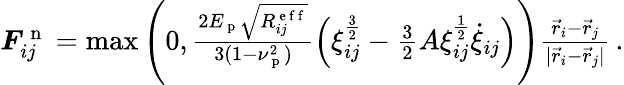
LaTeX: \begin{array}{r}{\boldsymbol{F}_{ij}^{\mathrm{~n~}}=\operatorname*{max}\left(0,\frac{2E_{\mathrm{~p~}}\sqrt{R_{ij}^{\mathrm{~e~f~f~}}}}{3(1-\nu_{\mathrm{~p~}}^{2})}\left(\xi_{ij}^{\frac{3}{2}}-\frac{3}{2}A\xi_{ij}^{\frac{1}{2}}\dot{\xi}_{ij}\right)\right)\frac{\vec{r}_{i}-\vec{r}_{j}}{|\vec{r}_{i}-\vec{r}_{j}|}\, .}\end{array}